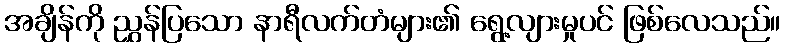
အချိန်ကို ညွှန်ပြသော နာရီလက်တံများ၏ ရွေ့လျားမှုပင် ဖြစ်လေသည်။